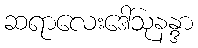
ဆရာလေးဒေါ်သုနန္ဒာ